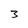
Character: 3